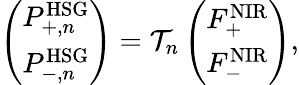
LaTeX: \begin{array}{r}{\left(\begin{array}{l}{P_{+,n}^{\mathrm{HSG}}}\\ {P_{-,n}^{\mathrm{HSG}}}\end{array}\right)=\mathcal{T}_{n}\left(\begin{array}{l}{F_{+}^{\mathrm{NIR}}}\\ {F_{-}^{\mathrm{NIR}}}\end{array}\right),}\end{array}